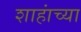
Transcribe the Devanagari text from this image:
शाहांच्या